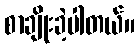
စာချိုးခဲ့ပါတယ်။